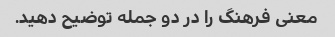
معنی فرهنگ را در دو جمله توضیح دهید.